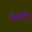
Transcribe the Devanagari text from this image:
रीफोर्मेट